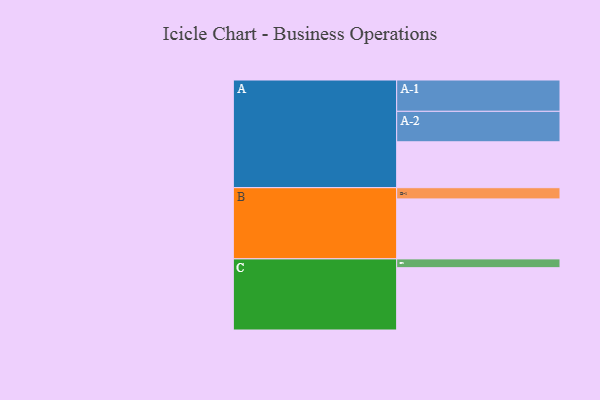
{"axis": {"x": "Segment", "y": "Value"}, "legend": ["", "A", "B", "C"], "data": [{"x": "A", "y": 434, "type": ""}, {"x": "B", "y": 567, "type": ""}, {"x": "C", "y": 589, "type": ""}, {"x": "A-1", "y": 296, "type": "A"}, {"x": "A-2", "y": 288, "type": "A"}, {"x": "B-1", "y": 106, "type": "B"}, {"x": "C-1", "y": 83, "type": "C"}]}